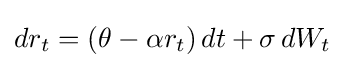
dr_{t}=(\theta -\alpha r_{t})\,dt+\sigma \,dW_{t}